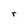
Character: r